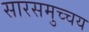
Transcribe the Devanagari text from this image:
सारसमुच्चय